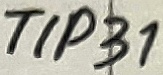
Text: TIP31